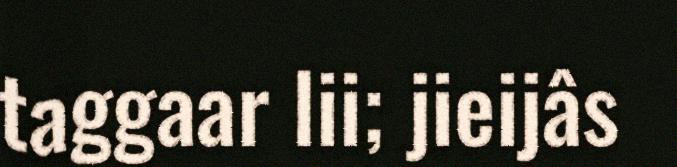
taggaar lii; jieijâs